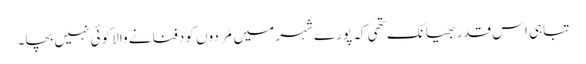
تباہی اس قدر بھیانک تھی کہ پورے شہر میں مُردوں کو دفنانے والا کوئی نہیں بچا۔